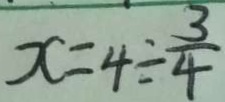
x = 4 \div \frac { 3 } { 4 }